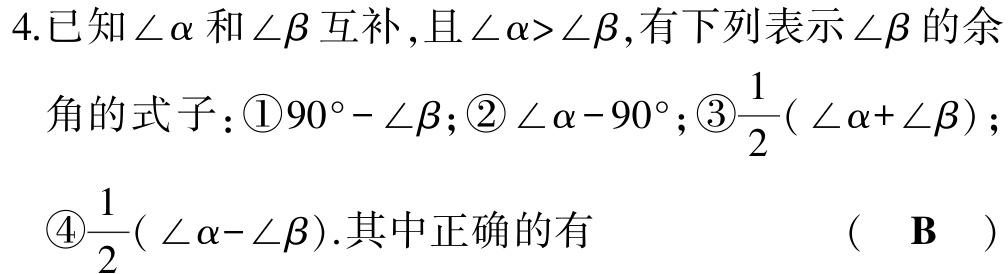
4.已知\(\angle\alpha\)和\(\angle\beta\)互补,且\(\angle\alpha>\angle\beta\),有下列表示\(\angle\beta\)的余
角的式子：\textcircled{1}\(90^{\circ}-\angle\beta\);\textcircled{2}\(\angle\alpha - 90^{\circ}\);\textcircled{3}\(\frac{1}{2}(\angle\alpha+\angle\beta)\);
\textcircled{4}\(\frac{1}{2}(\angle\alpha-\angle\beta)\).其中正确的有  (  \(\mathbf{B}\)  )